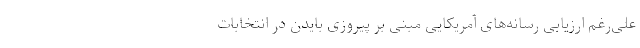
علی‌رغم ارزیابی رسانه‌های آمریکایی مبنی بر پیروزی بایدن در انتخابات